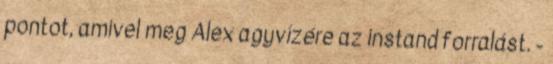
pontot, amivel meg Alex agyvízére az instand forralást. -